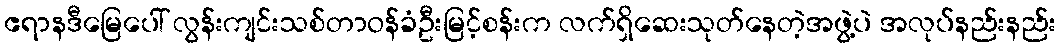
ဧရာနဒီမြေပေါ် လွန်းကျင်းသစ်တာဝန်ခံဦးမြင့်စန်းက လက်ရှိဆေးသုတ်နေတဲ့အဖွဲ့ပဲ အလုပ်နည်းနည်း